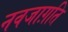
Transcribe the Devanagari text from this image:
नवजाग़ति